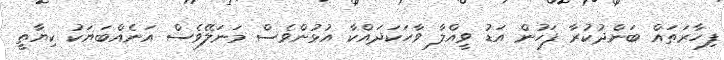
ފިހާރަތައް ބަންދުކުރާ ފަހުން އަޑު ވީއްލާ ވާހަކަދައްކާ އުޅުންވެސް މަނަލޭވެސް އަނެއްބަޔަކު ކިޔާތީ